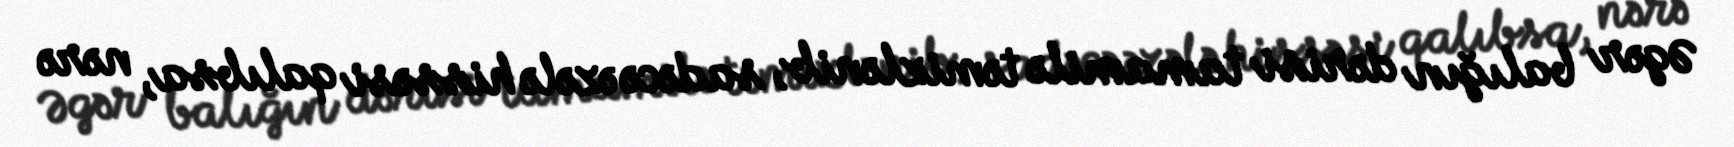
Əgər balığın dərisi tamamilə təmizlənib, sadəcə əzələ hissəsi qalıbsa, nərə